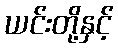
ယင်းတို့နှင့်